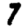
Digit: 7